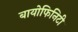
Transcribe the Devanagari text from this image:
बायोफिनिटी